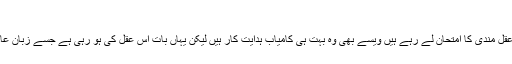
امتیاز کی عقل مندی
ہم کہاں ہدایت کار امتیاز کی عقل مندی کا امتحان لے رہے ہیں ویسے بھی وہ بہت ہی کامیاب ہدایت کار ہیں لیکن یہاں بات اس عقل کی ہو رہی ہے جسے زبان عام میں چالاکی کہہ سکتے ہیں۔